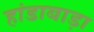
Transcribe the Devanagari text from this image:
हांडाबाड़ा